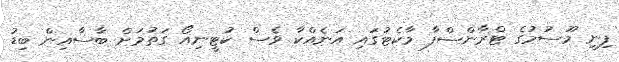
ފިނި މޫސުމުގެ ޓްރާންސްފާ މާކެޓުގައި އަނެއްކާ ވެސް ކުޓީނިއޯ ގަތުމަށް ބާސާއިން ބިޑު